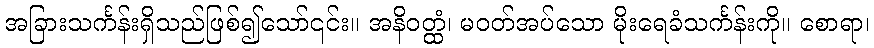
အခြားသင်္ကန်းရှိသည်ဖြစ်၍သော်၎င်း။ အနိဝတ္ထံ၊ မဝတ်အပ်သော မိုးရေခံသင်္ကန်းကို။ စောရာ၊